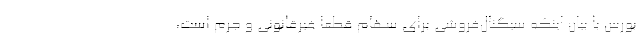
بورس با بیان اینکه سیگنال‌فروشی برای سهام قطعاً غیرقانونی و جرم است،